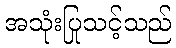
အသုံးပြုသင့်သည်